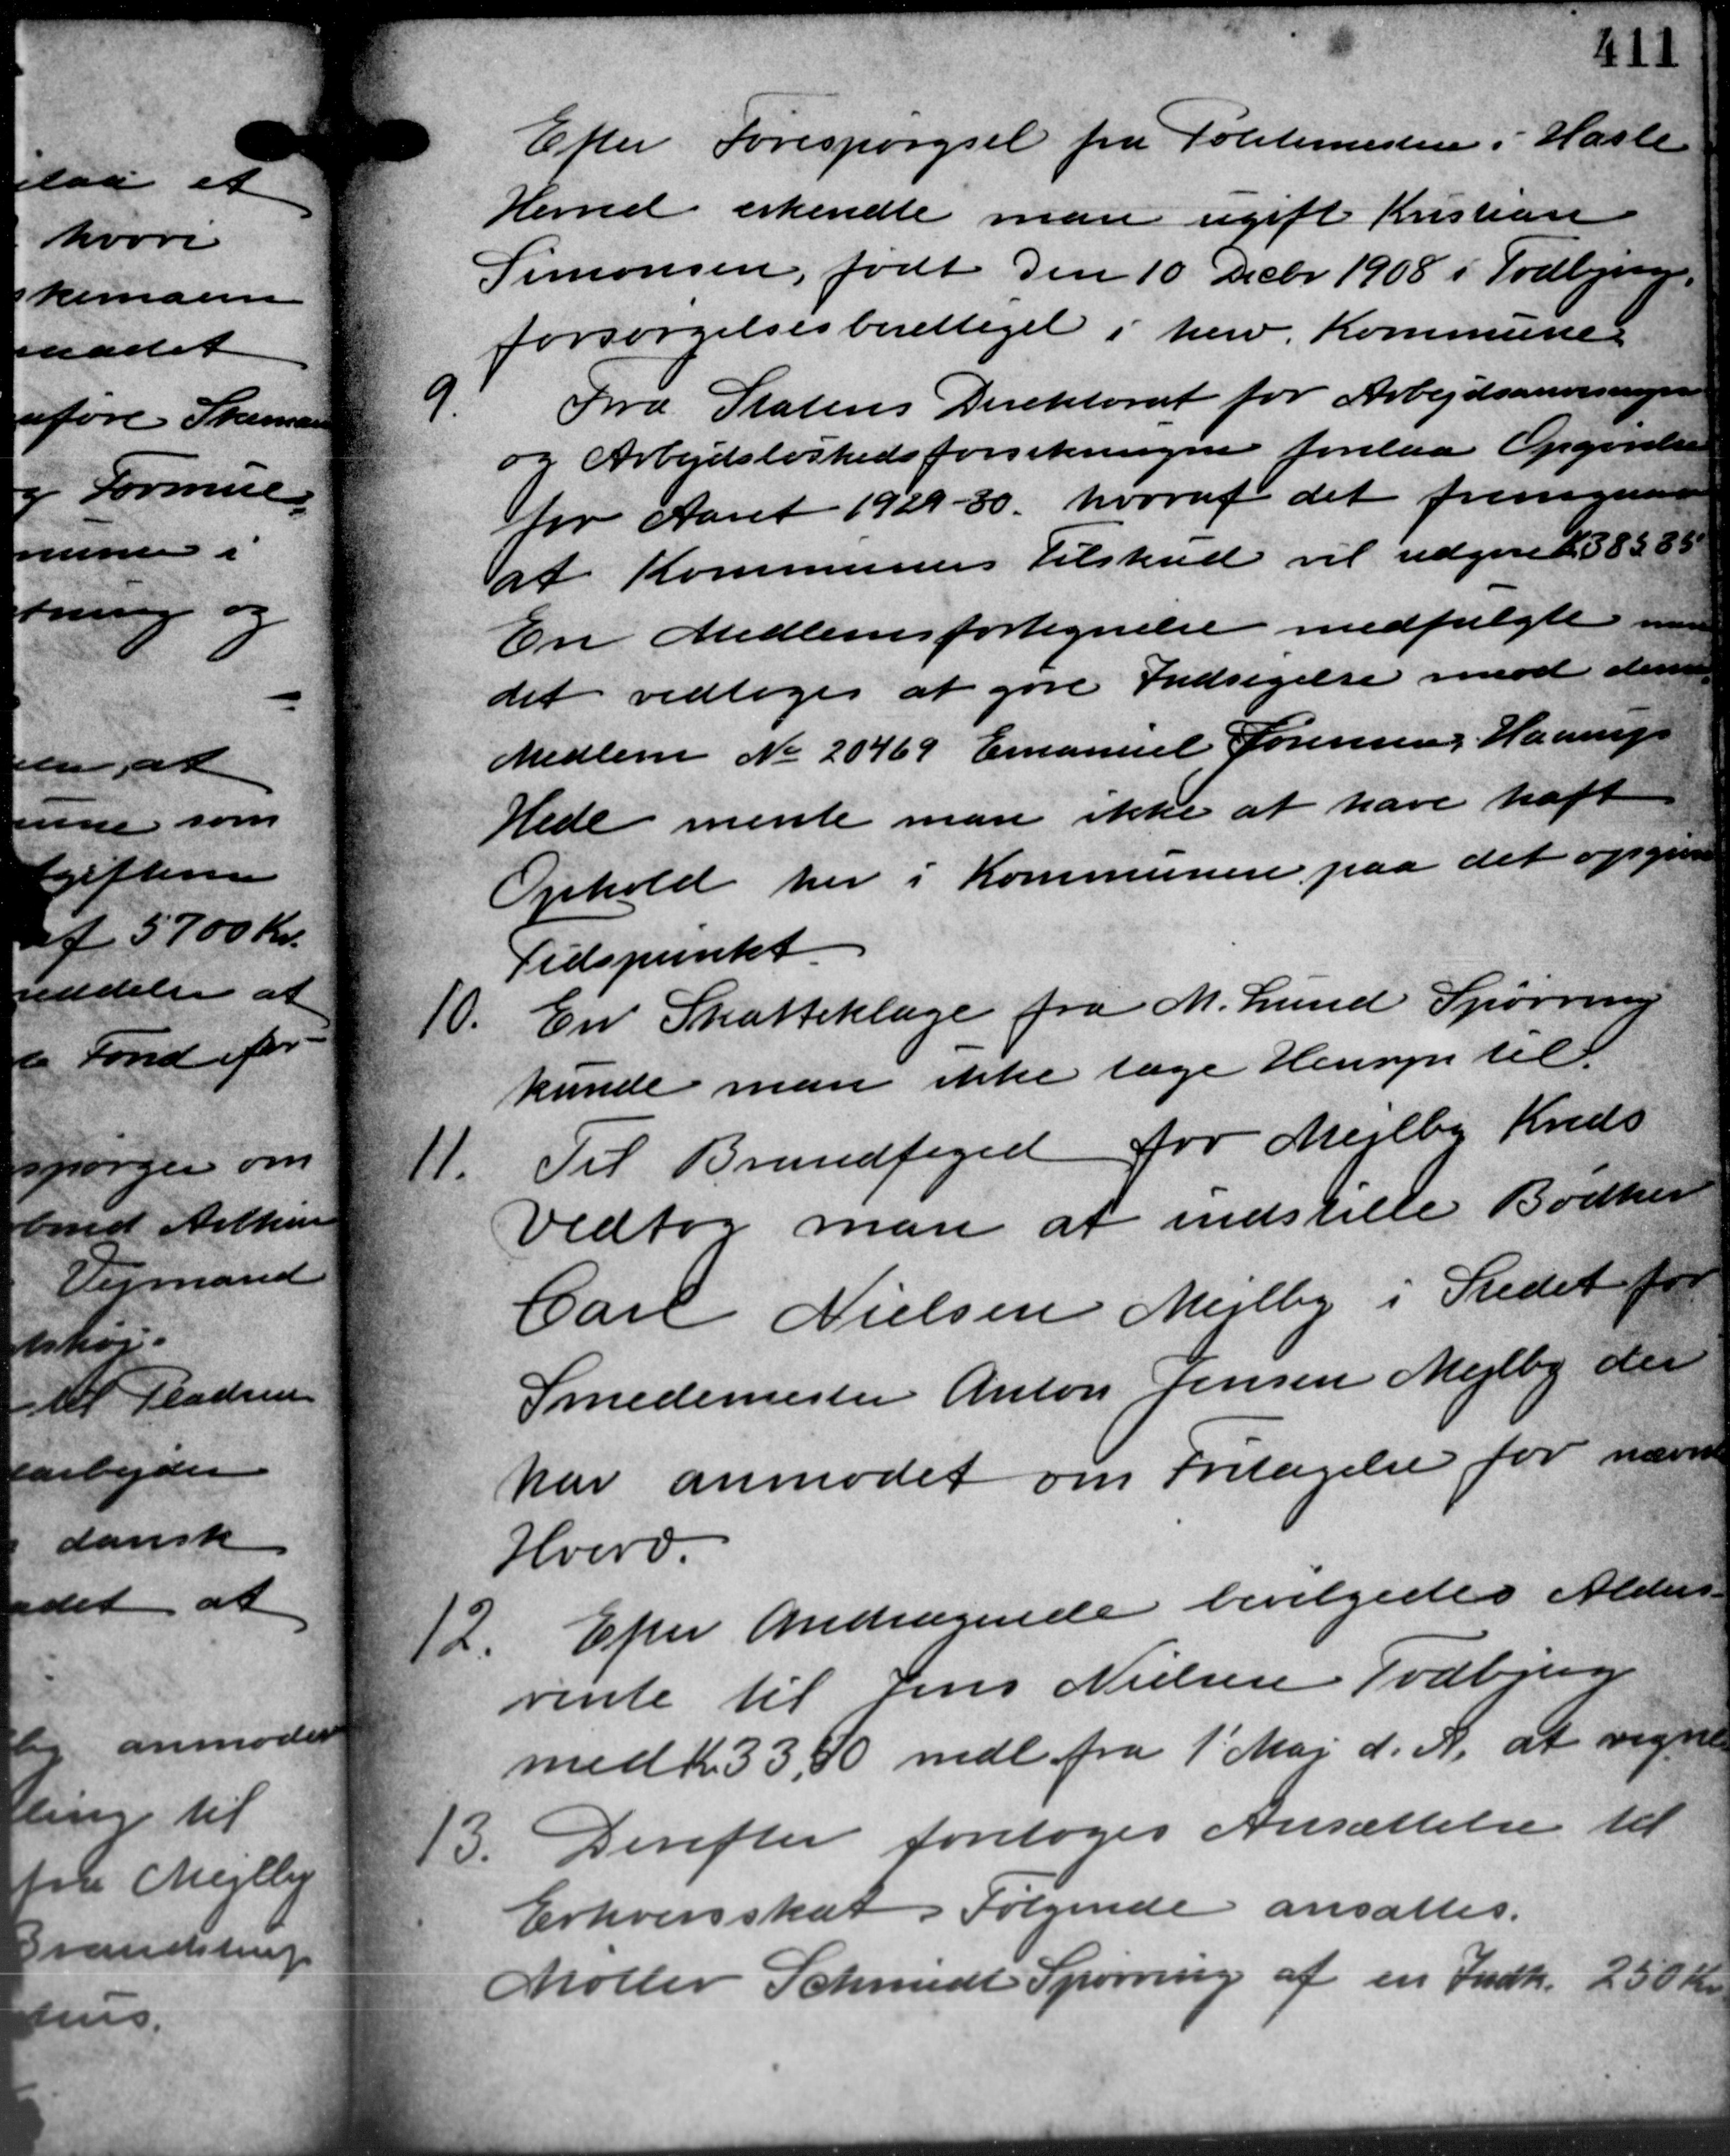
Transskription:
Efter Forespørgsel fra Politimestere i Hasle
Herred erkendte man ugift Kristian
Simonsen, født den 10 Decbr. 1908 i Todbjerg
forsørgelsesberettiget i herv. Kommune
9.
Fra Statens Direktorat for Arbejdsanvisningen
og Arbejdsløshedsforsikringen forelaa Opgørelse
for Aaret 1929 - 30 hvoraf det fremgaar
af Kommunens Tilskud vil udgive K. 38585
En Medlemsfortegnelse medfulgte me
det vedtoges at gøre Indsigelse mod dennes
Medlem No 20469 Emanuel Sørensen, Haarup
Hede mente man ikke at have haft
Ophold her i Kommunen paa det opgive
Tidspunkt
10.
En Skatteklage fra M. Lund Spørring
kunde man ikke tage Hensyn til
11.
Til Brandfoged for Mejlby Kreds
Vedtog man at indstille Bødker
Carl Nielsen Mejlby i Stedet for
Smedemester Anton Jensen Mejlby der
har anmodet om Fritagelse for nævnte
Hverv.
2. Efter Andragende bevilgedes Alders-
2. Efter Andragende bevilgedes Alders-
rente til Jens Nielsen Todbjerg
med Kr. 33,50 mdl fra 1' Maj d. A. at regne
13. Derefter foretoges Ansættelse til
13. Derefter foretoges Ansættelse til
Erhvervsskat. Følgende ansattes.
Møller Schmidt Spørring af en Indk. 250 Kr.